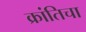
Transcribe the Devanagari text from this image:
क्रांतिचा